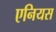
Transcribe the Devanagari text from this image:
एनियस